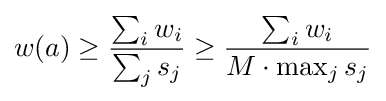
w(a)\geq {\frac {\sum _{i}{w_{i}}}{\sum _{j}{s_{j}}}}\geq {\frac {\sum _{i}{w_{i}}}{M\cdot \max _{j}{s_{j}}}}